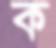
ক